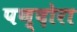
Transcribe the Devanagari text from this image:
पण्दोरा